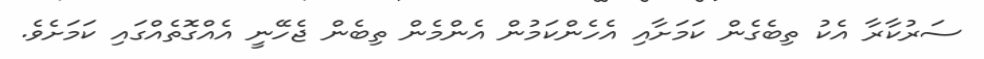
ސަރުކާރާ އެކު ތިބެގެން ކަަމަށާއި އެހެންކަމުން އެންމެން ތިބެން ޖެހޭނީ އެއްގޮތެއްގައި ކަމަށެވެ.